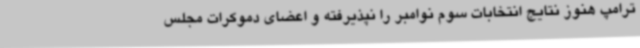
ترامپ هنوز نتایج انتخابات سوم نوامبر را نپذیرفته و اعضای دموکرات مجلس